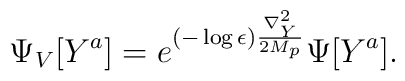
\Psi_V [Y^a]= e^{(-\log \epsilon) {\nabla_Y^2 \over 2 M_p} } \Psi[Y^a].